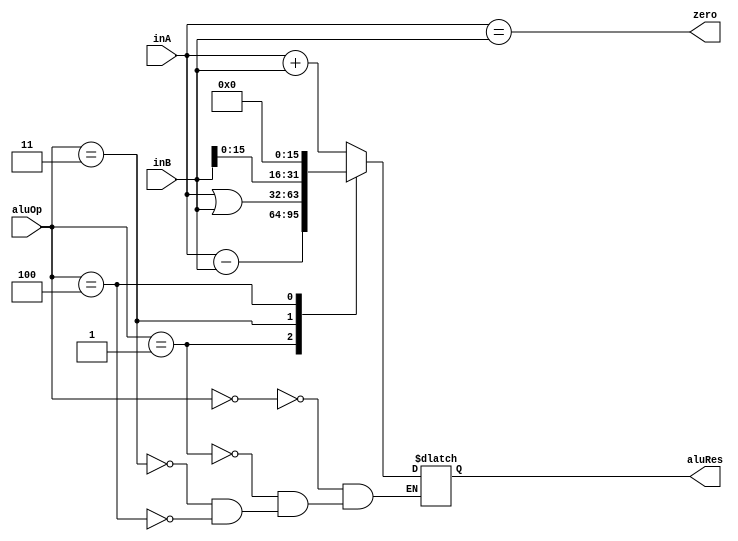
`timescale 1ns / 1ps

module ALU(
	input [31:0] inA, 
	input [31:0] inB,
	input [2:0] aluOp, 
	output reg [31:0]aluRes, 
	output zero
    );

	always@(*) begin
		case(aluOp) 
			3'b000: aluRes <= inA + inB;
			3'b001: aluRes <= inA - inB;
			3'b011: aluRes <= inA | inB;
			3'b100: aluRes <= {{inB[15:0]}, {16{1'b0}} };
		endcase
	end
	assign zero = (inA == inB);
endmodule